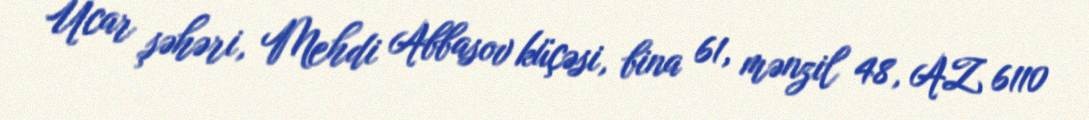
Ucar şəhəri, Mehdi Abbasov küçəsi, bina 61, mənzil 48, AZ 6110